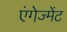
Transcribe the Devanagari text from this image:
एंगेज्मेंट